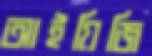
আইয়িজি